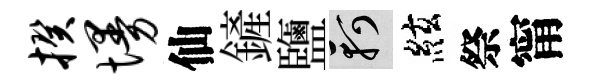
揆墁仙鏟鹽軻絃祭甯